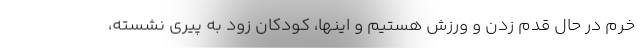
خرم در حال قدم زدن و ورزش هستیم و اینها، کودکانِ زود به پیری نشسته،